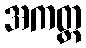
အကတ္ထ